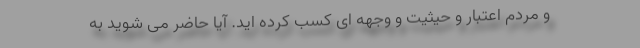
و مردم اعتبار و حیثیت و وجهه ای کسب کرده اید. آیا حاضر می شوید به